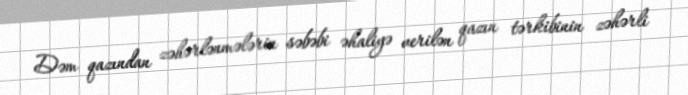
Dəm qazından zəhərlənmələrin səbəbi əhaliyə verilən qazın tərkibinin zəhərli